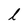
Character: l